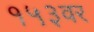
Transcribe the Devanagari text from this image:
१५३वर